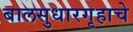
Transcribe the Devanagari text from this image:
बालसुधारगृहाचे